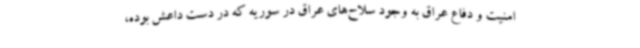
امنیت و دفاع عراق به وجود سلاح‌های عراق در سوریه که در دست داعش بوده،